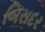
બિરાદર